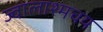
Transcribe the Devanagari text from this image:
ज्वालाश्मचय